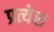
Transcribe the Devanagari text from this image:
प्रत्येस